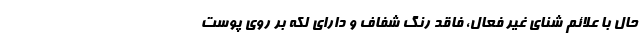
حال با علائم شنای غیر فعال، فاقد رنگ شفاف و دارای لکه بر روی پوست